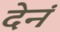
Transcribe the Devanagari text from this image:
देनं